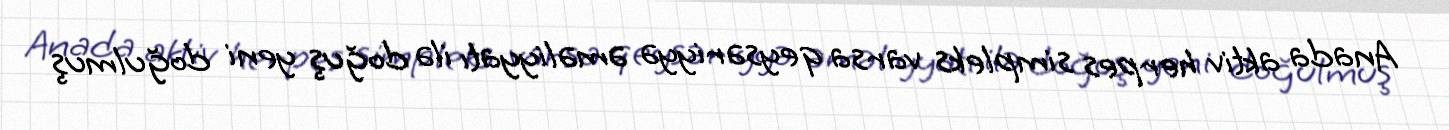
Anada aktiv herpes simpleks varsa qeysəriyyə əməliyyatı ilə doğuş yeni doğulmuş